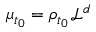
\mu _ { t _ { 0 } } = \rho _ { t _ { 0 } } \mathcal { L } ^ { d }